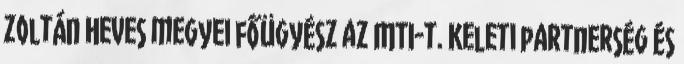
Zoltán Heves megyei főügyész az MTI-t. Keleti partnerség és